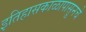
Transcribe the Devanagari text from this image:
इतिहासकाळापासूनचे